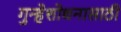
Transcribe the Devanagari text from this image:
गुन्हेशोधनासाठी